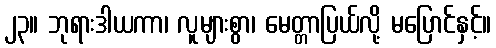
၂၃။ ဘုရားဒါယကာ၊ လူများစွာ၊ မေတ္တာပြယ်လို့ မပြောင်နှင့်။